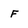
Character: F